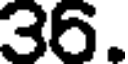
36.